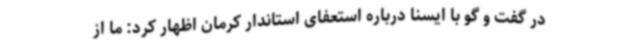
در گفت و گو با ایسنا درباره استعفای استاندار کرمان اظهار کرد: ما از